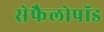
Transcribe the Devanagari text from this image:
सेफैलोपॉड